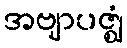
အဗျာပဇ္ဈံ